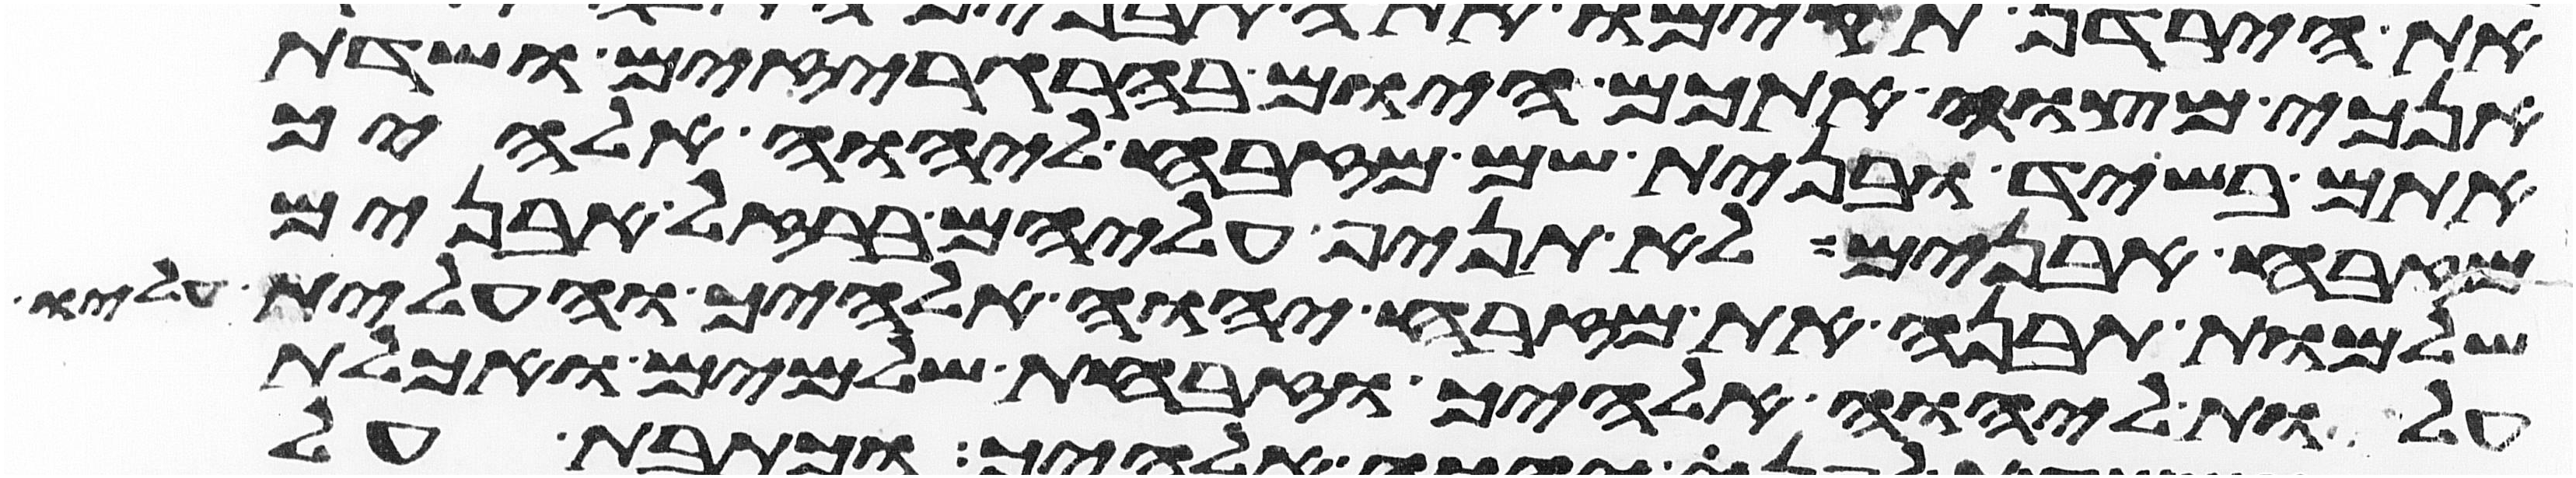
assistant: אנכי מצוה אתכם היום בהרגריזים ושדת
אתם בשיד ובנית שם מזבח ליהוה אלהיך
מזבח אבנים לא תניף עליהם ברזל אבנים
שלמות תבנה את מזבח יהוה אלהיך והעלית עליו
עלות ליהוה אלהיך וזבחת שלמים ואכלת